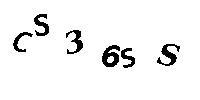
CS36SS